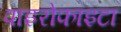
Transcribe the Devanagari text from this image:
पाइरोफाइटा